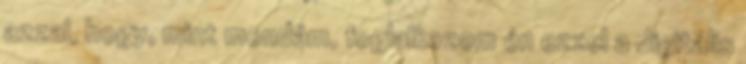
azzal, hogy, mint mondám, foglalkozom én ezzel a digitális